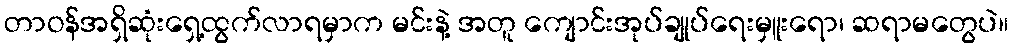
တာဝန်အရှိဆုံးရှေ့ထွက်လာရမှာက မင်းနဲ့ အတူ ကျောင်းအုပ်ချုပ်ရေးမှူးရော၊ ဆရာမတွေပဲ။